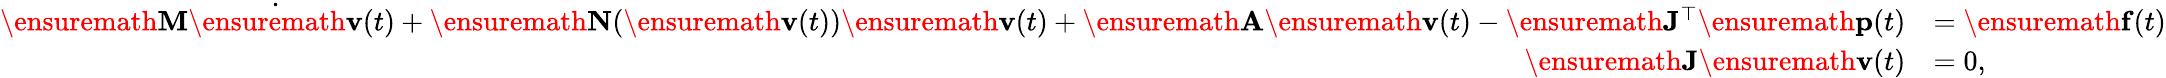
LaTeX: \begin{array}{rl}{\ensuremath{\mathbf{M}}\dot{\ensuremath{\mathbf{v}}}(t)+\ensuremath{\mathbf{N}}(\ensuremath{\mathbf{v}}(t))\ensuremath{\mathbf{v}}(t)+\ensuremath{\mathbf{A}}\ensuremath{\mathbf{v}}(t)-\ensuremath{\mathbf{J}}^{\top}\ensuremath{\mathbf{p}}(t)}&{=\ensuremath{\mathbf{f}}(t)}\\ {\ensuremath{\mathbf{J}}\ensuremath{\mathbf{v}}(t)}&{=0,}\end{array}